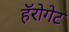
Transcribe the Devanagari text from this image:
हॅरोगेट